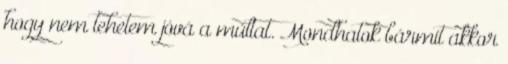
hogy nem tehetem jóvá a múltat. Mondhatok bármit akkor